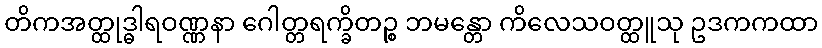
တိကအတ္ထုဒ္ဓါရဝဏ္ဏနာ ဂေါတ္တရက္ခိတဉ္စ ဘမန္တော ကိလေသဝတ္ထူသု ဥဒကကထာ